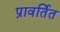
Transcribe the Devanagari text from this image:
प्रावर्तित